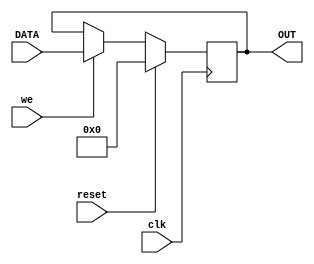
module Register_sync_rw #(
     parameter WIDTH=8)
    (
	  input  clk, reset,we,
	  input	[WIDTH-1:0] DATA,
	  output reg [WIDTH-1:0] OUT
    );
	 
always@(posedge clk) begin
	if (reset == 1'b1)
		OUT<={WIDTH{1'b0}};
	else if(we==1'b1)	
		OUT<=DATA;
end
	 
endmodule